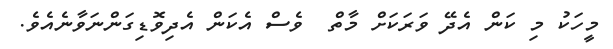
މީހަކު މި ކަން އެދޭ ވަރަކަށް މާތް  ވެސް އެކަން އެދިވޮޑިގަންނަވާނެއެވެ.